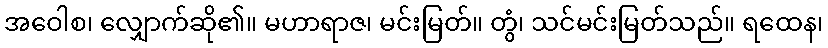
အဝေါစ၊ လျှောက်ဆို၏။ မဟာရာဇ၊ မင်းမြတ်။ တွံ၊ သင်မင်းမြတ်သည်။ ရထေန၊